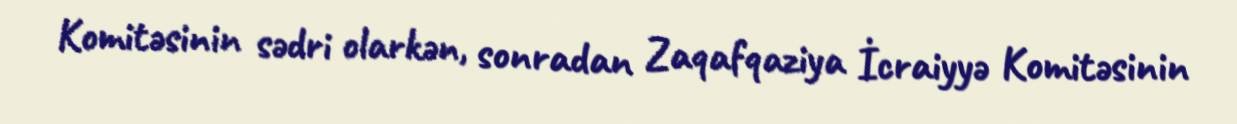
Komitəsinin sədri olarkən, sonradan Zaqafqaziya İcraiyyə Komitəsinin